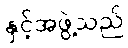
နှင့်အဖွဲ့သည်